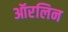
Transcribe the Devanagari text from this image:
ऑरलिन